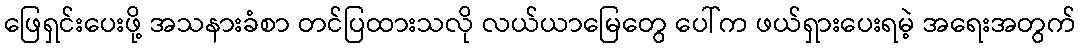
ဖြေရှင်းပေးဖို့ အသနားခံစာ တင်ပြထားသလို လယ်ယာမြေတွေ ပေါ်က ဖယ်ရှားပေးရမဲ့ အရေးအတွက်